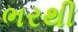
ભરથી